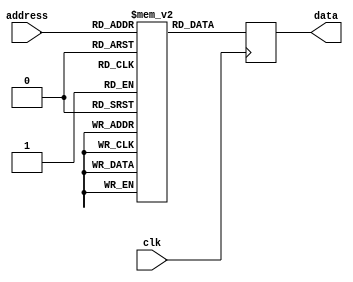
module AntiFuse_ROM (
    input wire clk,
    input wire [7:0] address,
    output reg [7:0] data
);

// Implement memory blocks containing programmable anti-fuse elements
reg [7:0] memory [0:255];

// Initialize memory with desired data
initial begin
    // Code to initialize memory contents
end

// Address decoding logic to access memory blocks
always @ (posedge clk) begin
    case(address)
        // Address decoding logic
        // Read data from memory block based on address
        default: data <= memory[address];
    endcase
end

endmodule